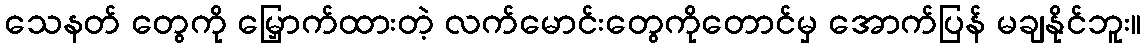
သေနတ် တွေကို မြှောက်ထားတဲ့ လက်မောင်းတွေကိုတောင်မှ အောက်ပြန် မချနိုင်ဘူး။